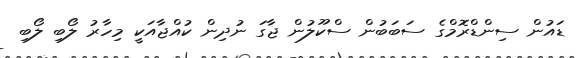
ޑައުން ސިންޑްރޮމްގެ ސަބަބުން ސްކޫލުން ޖާގަ ނުދިން ކުއްޖާއަކީ މިހާރު ލޯބި ލޯބި